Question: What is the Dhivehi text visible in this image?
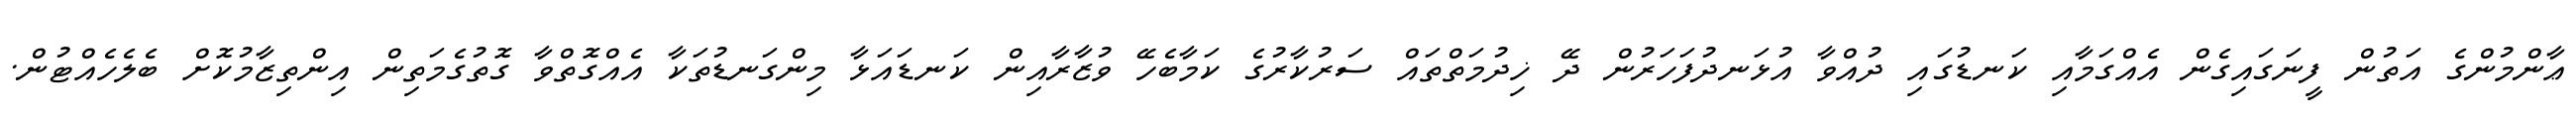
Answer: ޢާންމުންގެ އަތުން ފީނަގައިގެން އެއްގަމާއި ކަނޑުގައި ދުއްވާ އުޅަނދުފަހަރުން ދޭ ޚިދުމަތްތައް ސަރުކާރުގެ ކަމާބެހޭ ވުޒާރާއިން ކަނޑައަޅާ މިންގަނޑުތަކާ އެއްގޮތްވާ ގޮތުގެމަތިން އިންތިޒާމުކޮށް ބެލެހެއްޓުން.